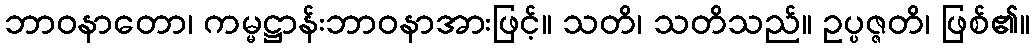
ဘာဝနာတော၊ ကမ္မဋ္ဌာန်းဘာဝနာအားဖြင့်။ သတိ၊ သတိသည်။ ဥပ္ပဇ္ဇတိ၊ ဖြစ်၏။